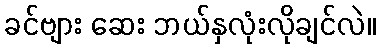
ခင်ဗျား ဆေး ဘယ်နှလုံးလိုချင်လဲ။